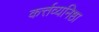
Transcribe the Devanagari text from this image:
कर्त्तव्यनिष्ठा